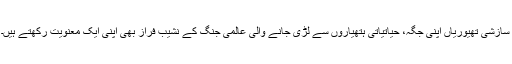
سازشی تھیوریاں اپنی جگہ، حیاتیاتی ہتھیاروں سے لڑی جانے والی عالمی جنگ کے نشیب فراز بھی اپنی ایک معنویت رکھتے ہیں۔